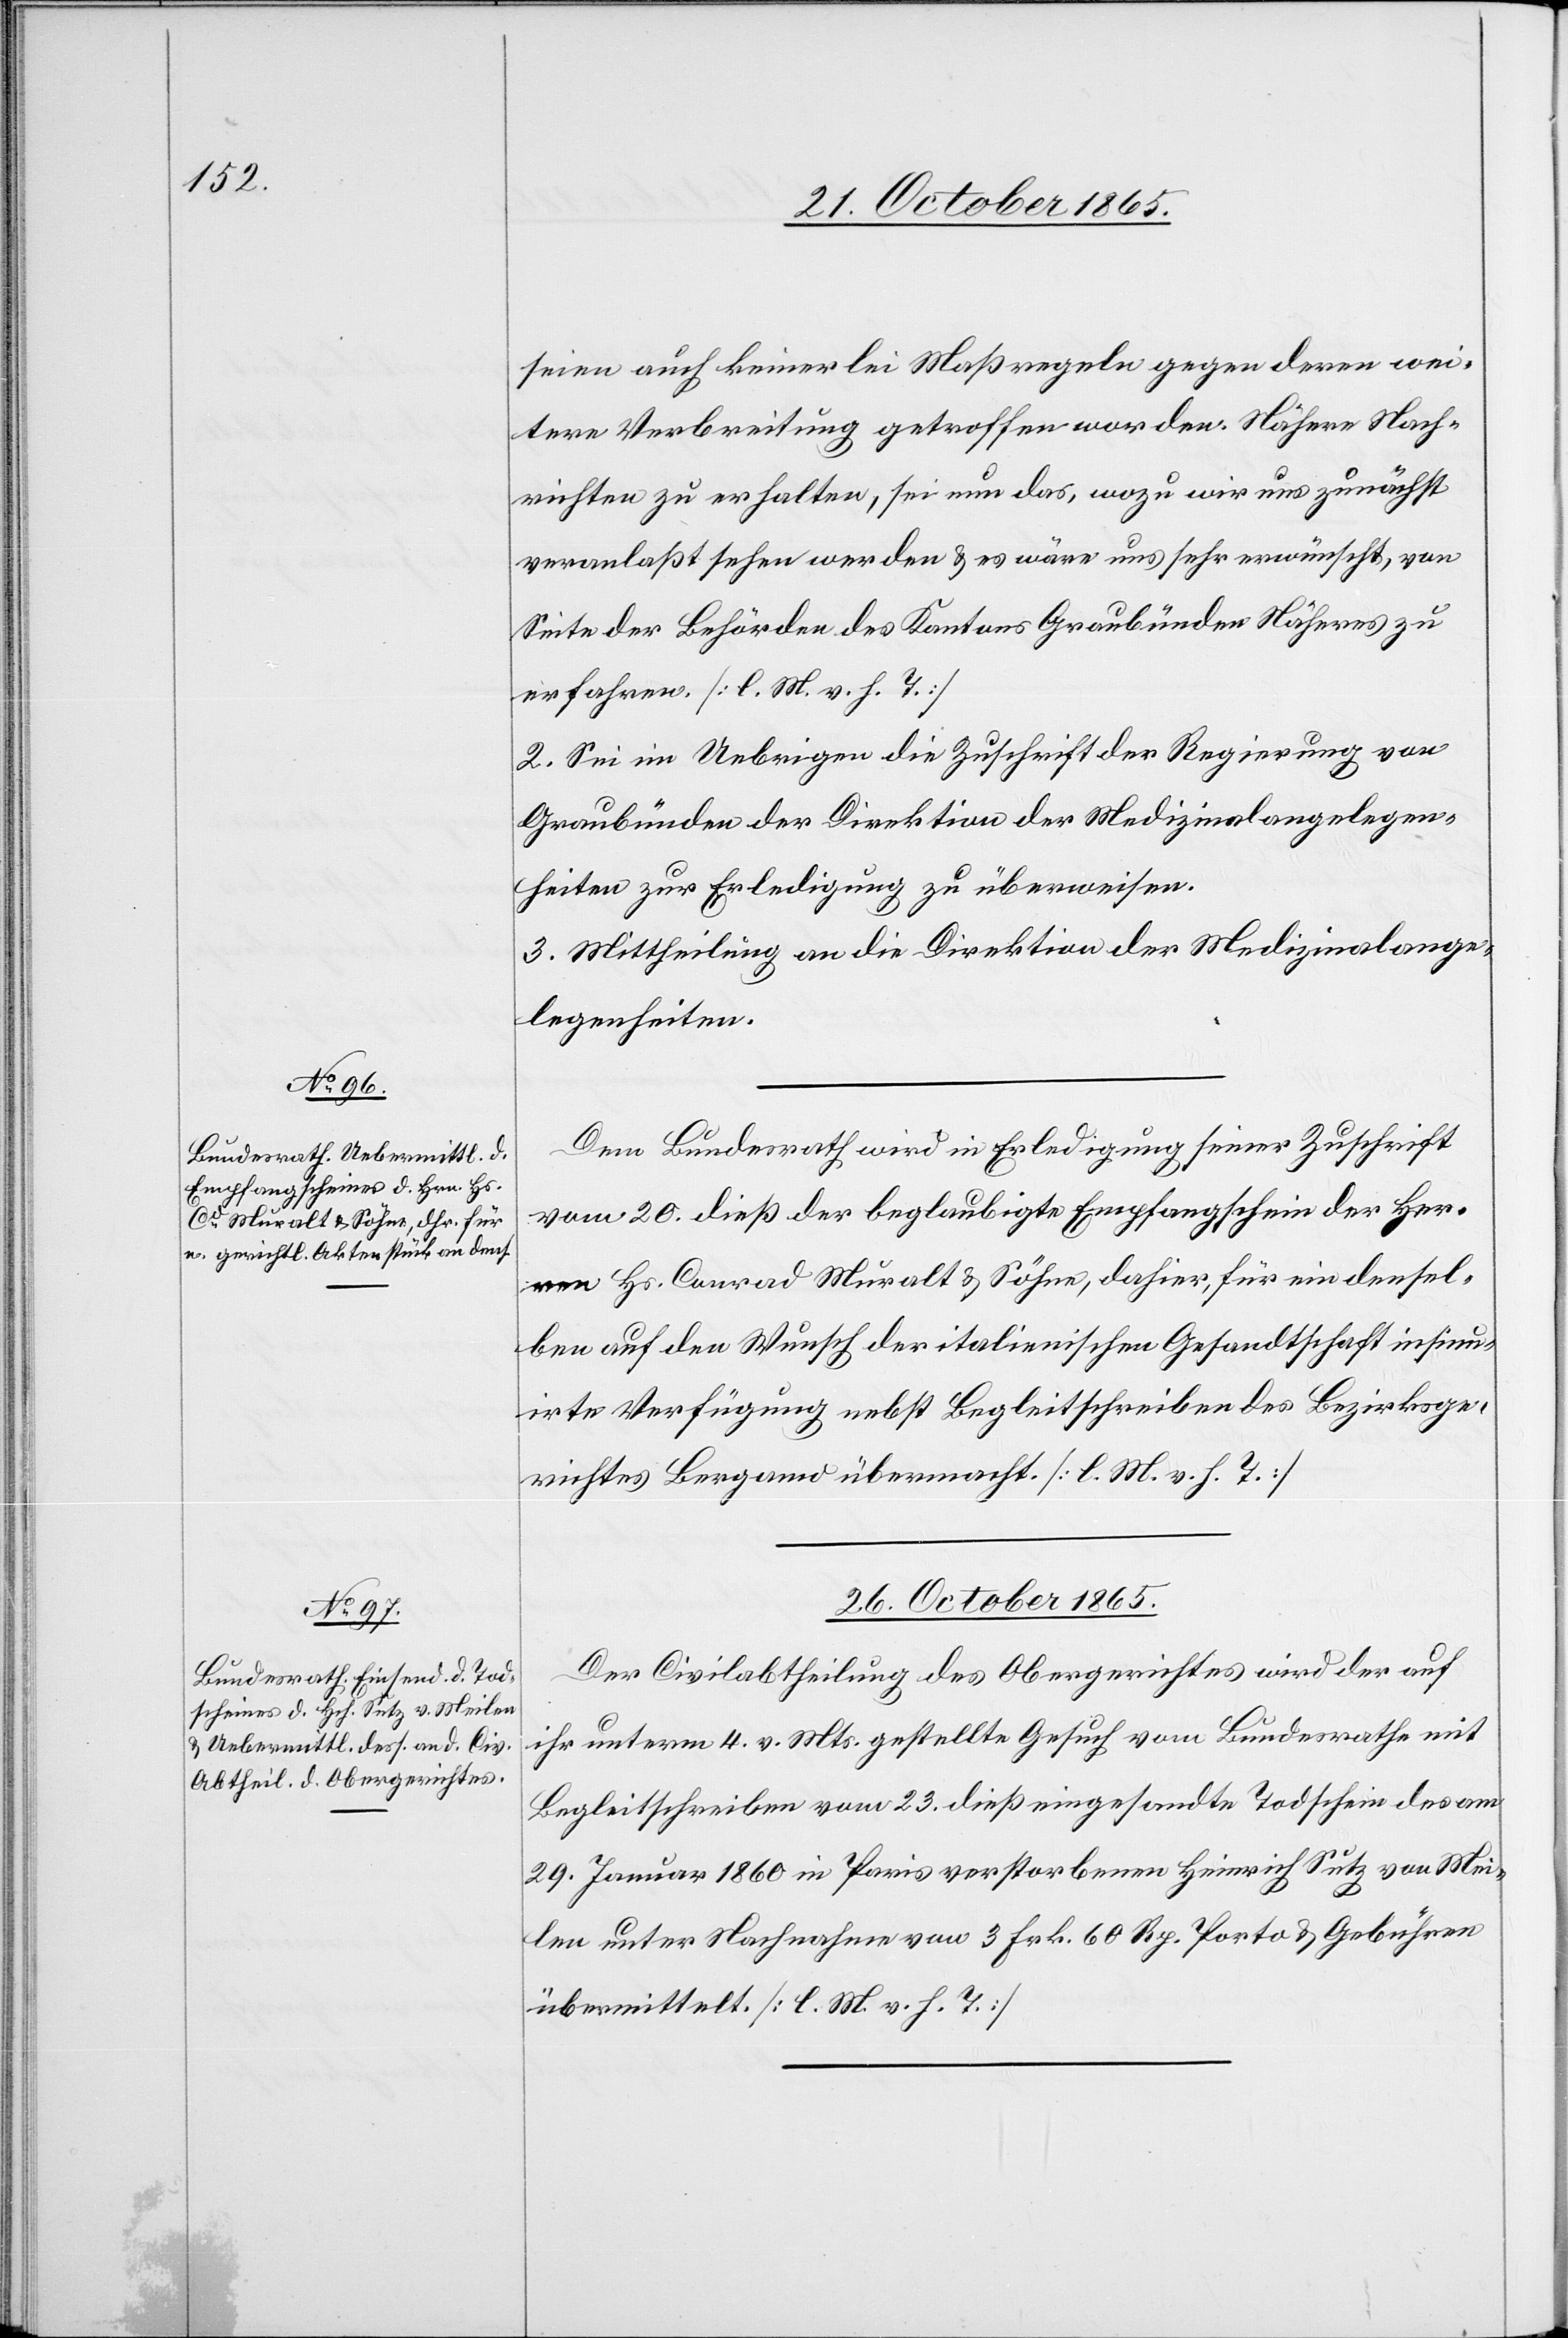
25. October 1865.]
seien auch keinerlei Maßregeln gegen deren wei¬
tere Verbreitung getroffen worden. Nähere Nach¬
richten zu erhalten, sei nun das, wozu wir uns zunächst
veranlaßt sehen werden & es wäre uns sehr erwünscht, von
Seite der Behörden des Kantons Graubünden Näheres zu
erfahren. [l. M. v. h. T.]
2. Sei im Uebrigen die Zuschrift der Regierung von
Graubünden der Direktion der Medizinalangelegen¬
heiten zur Erledigung zu überweisen.
3. Mittheilung an die Direktion der Medizinalange¬
legenheiten.
Dem Bundesrath wird in Erledigung seiner Zuschrift
vom 20. dieß der beglaubigte Empfangschein der Her¬
ren Hs. Conrad Muralt & Söhne, dahier, für eine densel¬
ben auf den Wunsch der italienischen Gesandtschaft insinu¬
irte Verfügung nebst Begleitschreiben des Bezirksge¬
richtes Bergamo übermacht. [l. M. v. h. T.]
26. October 1865.
Der Civilabtheilung des Obergerichtes wird der auf
ihr unterm 4. v. Mts. gestellte[s] Gesuch vom Bundesrathe mit
Begleitschreiben vom 23. dieß eingesandte Todschein des am
29. Januar 1860 in Paris verstorbenen Heinrich Sutz von Mei¬
len unter Nachnahme von 3 Frk. 60 Rp. Porto & Gebühren
übermittelt. [l. M. v. h. T.]